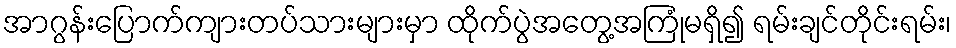
အာဂွန်းပြောက်ကျားတပ်သားများမှာ ထိုက်ပွဲအတွေ့အကြုံမရှိ၍ ရမ်းချင်တိုင်းရမ်း၊